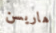
هاريسن